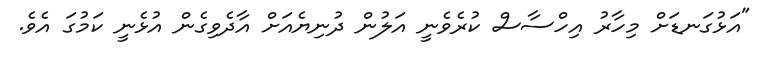
"އަޅުގަނޑަށް މިހާރު އިހްސާސް ކުރެވެނީ އަލުން ދުނިޔެއަށް އާދެވިގެން އުޅެނީ ކަމުގަ އެވެ.